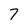
Character: 7